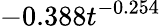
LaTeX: -0.388t^{-0.254}